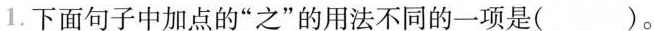
1.下面句子中加点的”之”的用法不同的一项是( )。